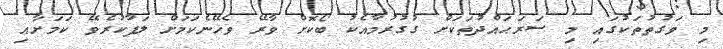
މި ވަގުތުތަކުގައި މި ސަރަޙައްދުތަކަށް ގުގުރުމާއެކު ބޯކޮށް ވާރޭ ވެހޭނެކަމަށް ލަފާކުރެވޭ ކަމަށާއި